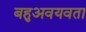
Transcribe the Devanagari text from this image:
बहुअवयवता